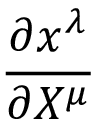
\frac { \partial x ^ { \lambda } } { \partial X ^ { \mu } }